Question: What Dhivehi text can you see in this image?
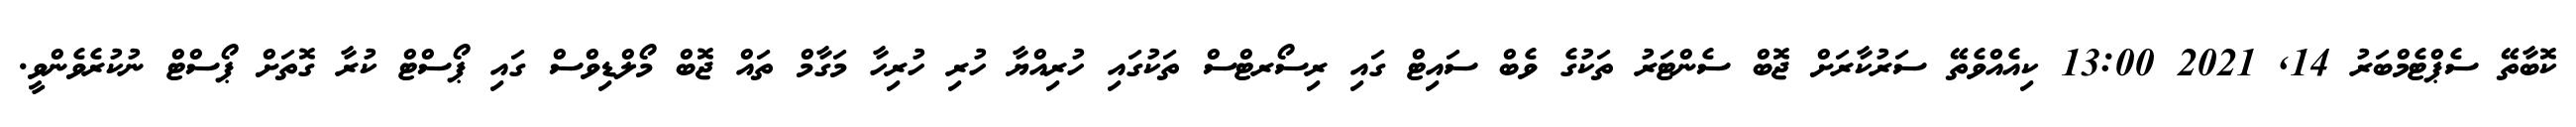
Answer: ކޮބާތޭ ސެޕްޓެމްބަރު 14, 2021 13:00 ކިއެއްވެތޭ ސަރުކާރަށް ޖޮބް ސެންޓަރު ތަކުގެ ވެބް ސައިޓް ގައި ރިސޯރޓްސް ތަކުގައި ހުރިއްޔާ ހުރި ހުރިހާ މަގާމް ތައް ޖޮބް މޯލްޑިވްސް ގައި ޕޯސްޓް ކުރާ ގޮތަށް ޕޯސްޓް ނުކުރެވެންވީ.